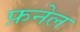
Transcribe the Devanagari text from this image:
फ़नेल